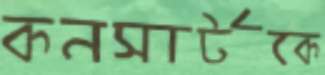
কনসার্টকে